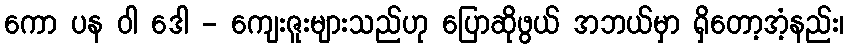
ကော ပန ဝါ ဒေါ - ကျေးဇူးများသည်ဟု ပြောဆိုဖွယ် အဘယ်မှာ ရှိတော့အံ့နည်း၊